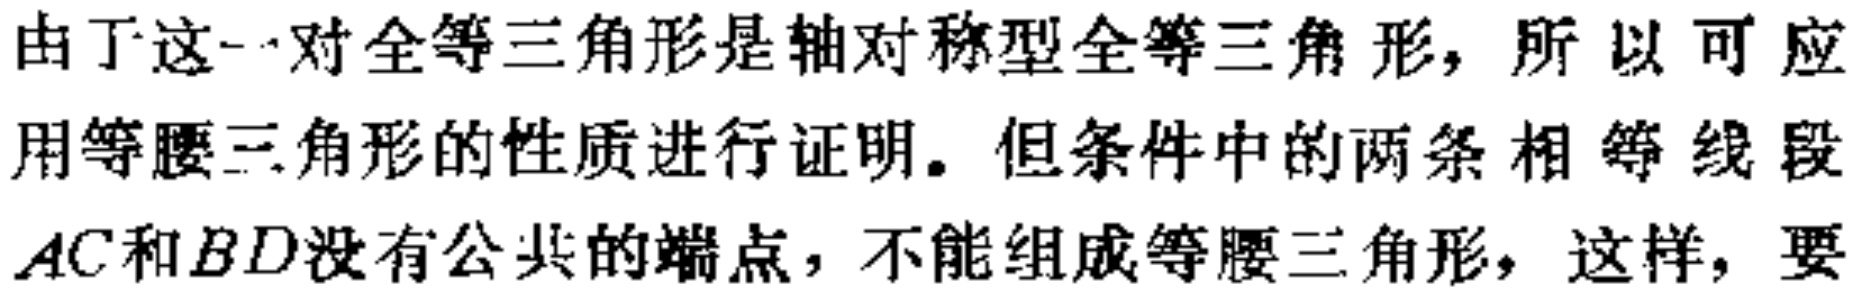
由于这一对全等三角形是轴对称型全等三角形，所以可应用等腰三角形的性质进行证明。但条件中的两条相等线段$AC$和$BD$没有公共的端点，不能组成等腰三角形，这样，要